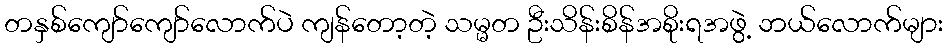
တနှစ်ကျော်ကျော်လောက်ပဲ ကျန်တော့တဲ့ သမ္မတ ဦးသိန်းစိန်အစိုးရအဖွဲ့ ဘယ်လောက်များ